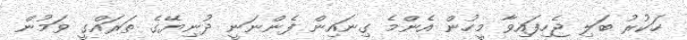
ހަކުރު ބަލި ޖެހިފައިވާ މީހުން އެންމެ ގިނައިން ފެންނަނީ ދުނިޔޭގެ ތަރައްގީ ވަމުން